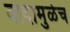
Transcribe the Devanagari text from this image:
वादामुळेच